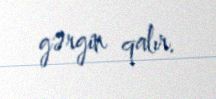
gərgin qalır.